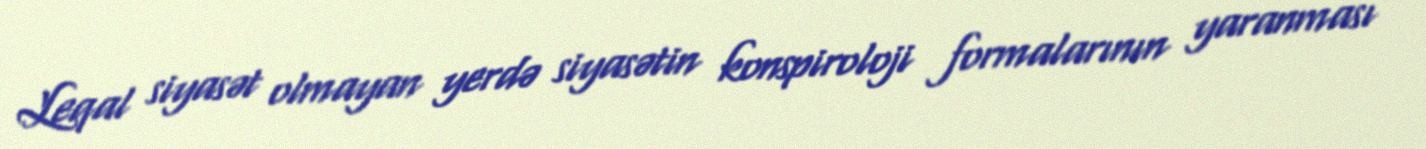
Leqal siyasət olmayan yerdə siyasətin konspiroloji formalarının yaranması